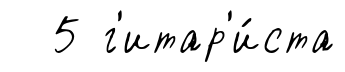
5 г'итар'и́ста